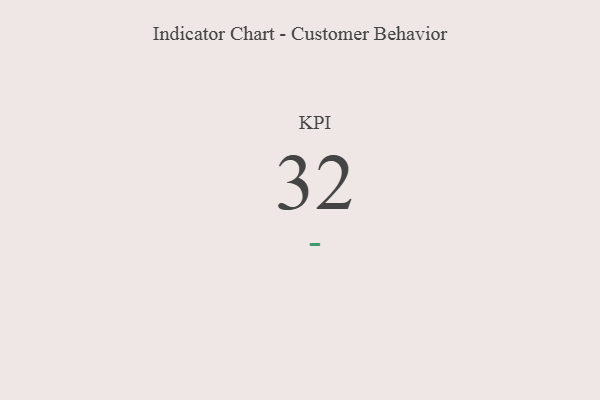
{"axis": {"x": "KPI", "y": "Value"}, "legend": [""], "data": [{"x": "KPI", "y": 32, "type": ""}]}